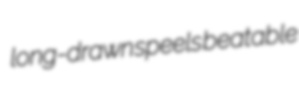
long-drawn speels beatable